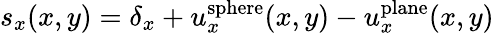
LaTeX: s_{x}(x,y)=\delta_{x}+u_{x}^{\mathrm{sphere}}(x,y)-u_{x}^{\mathrm{plane}}(x,y)